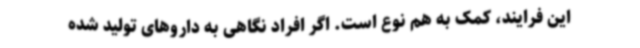
این فرایند، کمک به هم نوع است. اگر افراد نگاهی به داروهای تولید شده